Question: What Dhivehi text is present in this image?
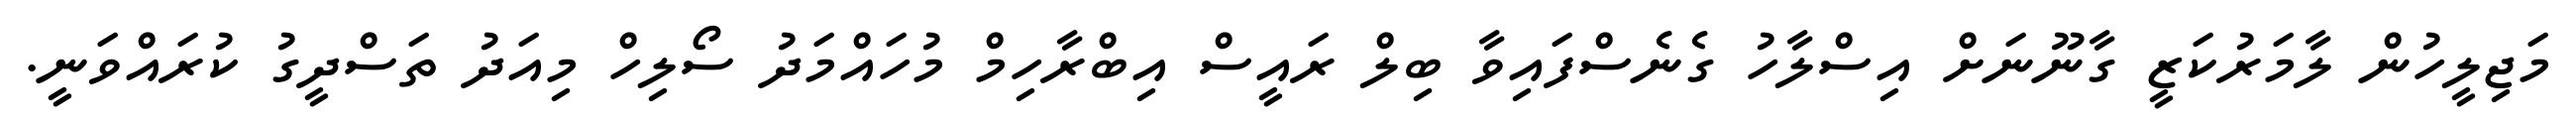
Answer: މަޖިލީހުން ލާމަރުކަޒީ ގާނޫނަށް އިސްލާހު ގެނެސްފައިވާ ބިލް ރައީސް އިބްރާހިމް މުހައްމަދު ސޯލިހް މިއަދު ތަސްދީގު ކުރައްވަނީ.